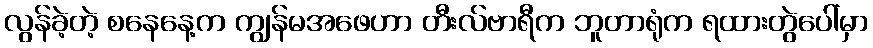
လွန်ခဲ့တဲ့ စနေနေ့က ကျွန်မအဖေဟာ တီးလ်ဗာရီက ဘူတာရုံက ရထားတွဲပေါ်မှာ